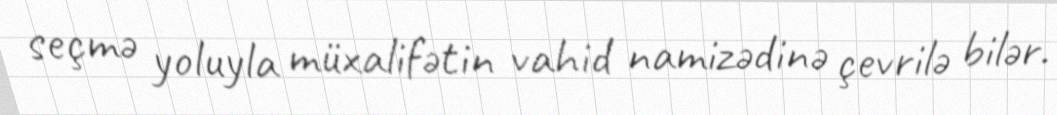
seçmə yoluyla müxalifətin vahid namizədinə çevrilə bilər.